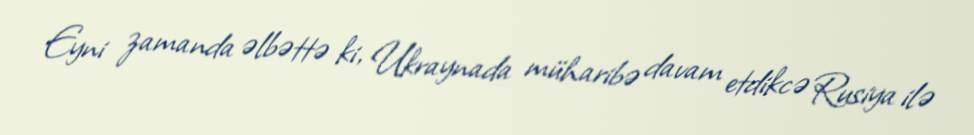
Eyni zamanda əlbəttə ki, Ukraynada müharibə davam etdikcə Rusiya ilə